Civil Veterinary Dept. Assam report 1927-50 - 1927-1950
Year: 1927
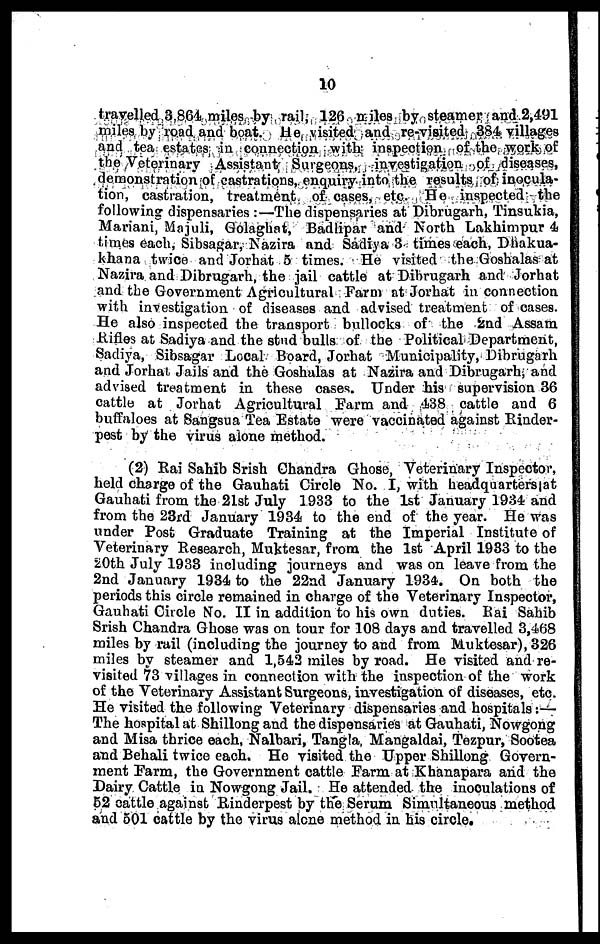
10
travelled 3,864 miles by rail, 126 miles by steamer and 2,491
miles by road and boat. He visited and re-visited 384 villages
and tea estates in connection with inspection of the work of
the Veterinary Assistant Surgeons, investigation of diseases,
demonstration of castrations, enquiry into the results of inocula-
tion, castration, treatment of cases, etc. He inspected the
following dispensaries :—The dispensaries at Dibrugarh, Tinsukia,
Mariani, Majuli, Golaghat, Badlipar and North Lakhimpur 4
times each, Sibsagar, Nazira and Sadiya 3 times each, Dhakua-
khana twice and Jorhat 5 times. He visited the Goshalas at
Nazira and Dibrugarh, the jail cattle at Dibrugarh and Jorhat
and the Government Agricultural Farm at Jorhat in connection
with investigation of diseases and advised treatment of cases.
He also inspected the transport bullocks of the 2nd Assam
Rifles at Sadiya and the stud bulls of the Political Department,
Sadiya, Sibsagar Local Board, Jorhat Municipality, Dibrugarh
and Jorhat Jails and the Goshalas at Nazira and Dibrugarh, and
advised treatment in these cases. Under his supervision 36
cattle at Jorhat Agricultural Farm and 438 cattle and 6
buffaloes at Sangsua Tea Estate were vaccinated against Rinder-
pest by the virus alone method.
(2) Rai Sahib Srish Chandra Ghose, Veterinary Inspector,
held charge of the Gauhati Circle No. I, with headquarters at
Gauhati from the 21st July 1933 to the 1st January 1934 and
from the 23rd January 1934 to the end of the year. He was
under Post Graduate Training at the Imperial Institute of
Veterinary Research, Muktesar, from the 1st April 1983 to the
20th July 1933 including journeys and was on leave from the
2nd January 1934 to the 22nd January 1934. On both the
periods this circle remained in charge of the Veterinary Inspector,
Gauhati Circle No. II in addition to his own duties. Rai Sahib
Srish Chandra Ghose was on tour for 108 days and travelled 3,468
miles by rail (including the journey to and from Muktesar), 326
miles by steamer and 1,542 miles by road. He visited and re-
visited 73 villages in connection with the inspection of the work
of the Veterinary Assistant Surgeons, investigation of diseases, etc.
He visited the following Veterinary dispensaries and hospitals:—
The hospital at Shillong and the dispensaries at Gauhati, Nowgong
and Misa thrice each, Nalbari, Tangla, Mangaldai, Tezpur, Sootea
and Behali twice each. He visited the Upper Shillong Govern-
ment Farm, the Government cattle Farm at Khanapara and the
Dairy Cattle in Nowgong Jail. He attended the inoculations of
52 cattle against Rinderpest by the Serum Simnltaneous method
and 501 cattle by the virus alone method in his circle.